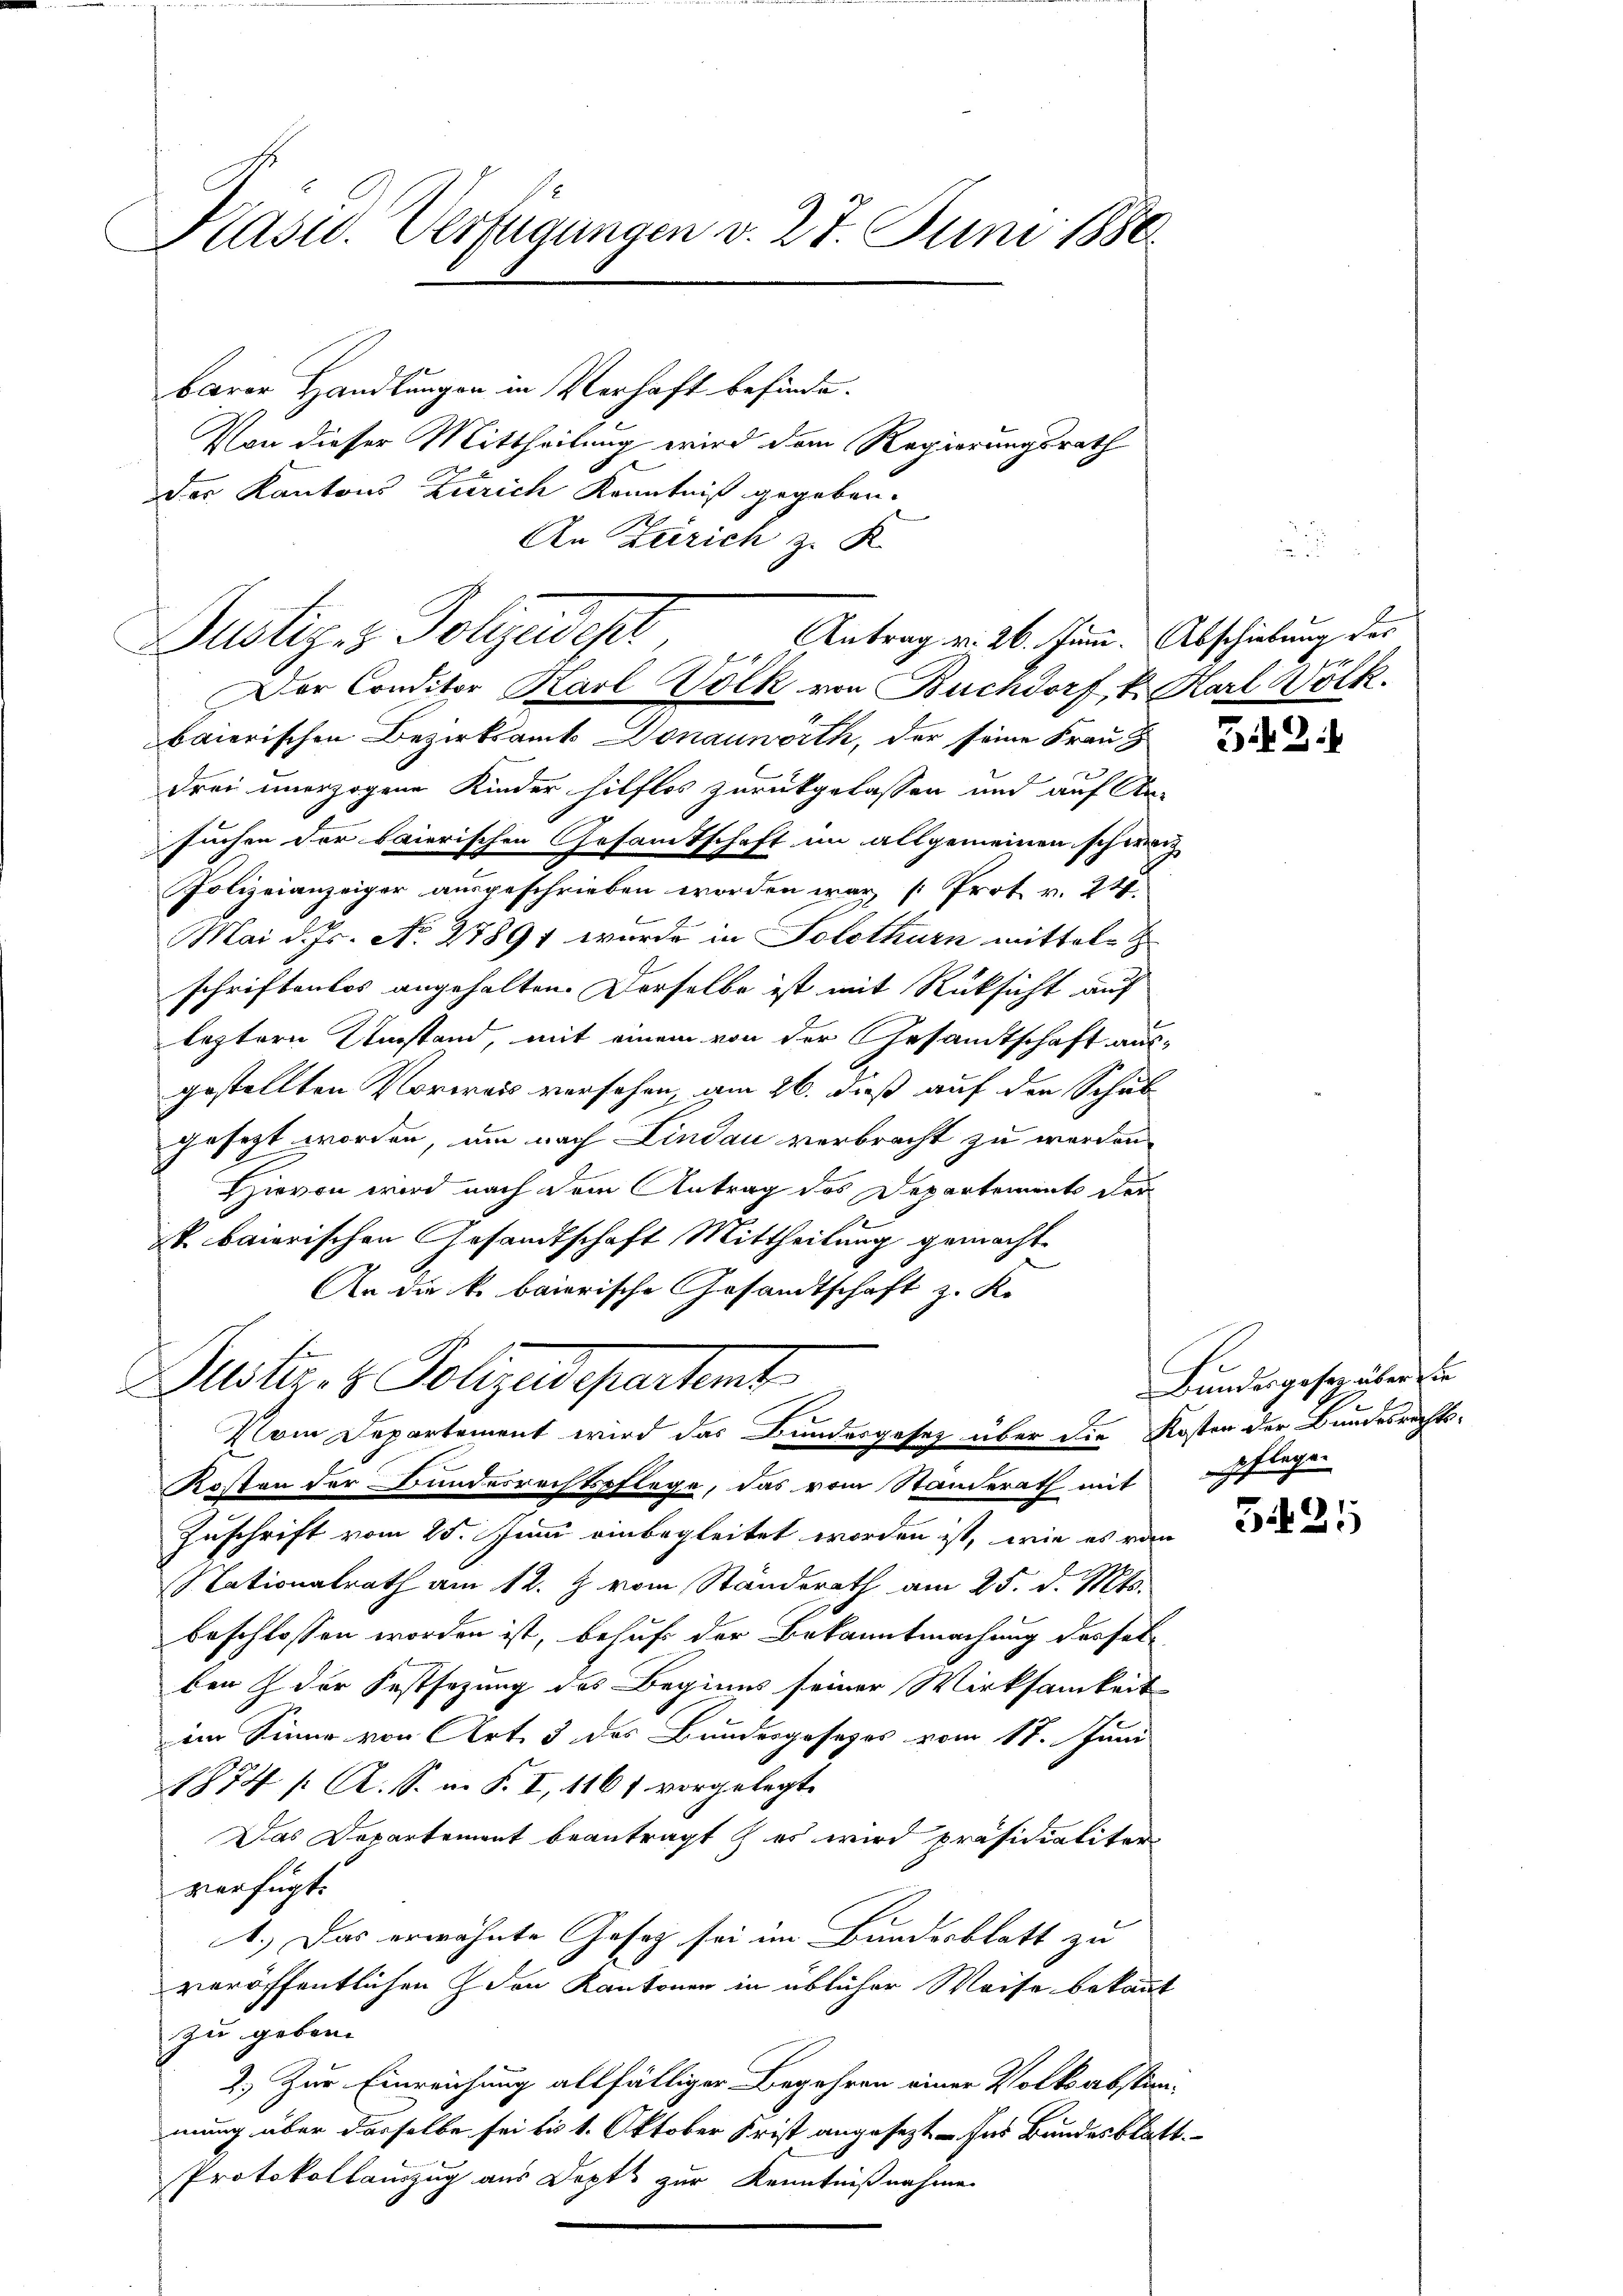
Präsid. Verfügungen d. 27. Juni 1880

Justiz- & Polize des Antrag v. 26. Jan. Abschilung des
Der Conditor Karl Volk von Buchdorf, k. Karl Völk

Justiz- & Polizes partent
Vom Departement wird das Bundergesetz über die Kosten der Bundesrechts-

barer Handlungen in Verhaft befinde.
Von dieser Mittheilung wird dem Regierungsrath
d
Der Kantons Zürich Kenntniß gegeben.
An Zürich z. K

baierischen Bezirksamt Donauwörth, der seine Frau z
drei unerzogene Kinder hilflos zurückgelassen und auf An-
suchen der baierischen Gesamtschaft im allgemeinen schweiz
Polizeianzeiger ausgeschrieben worden war [Prot. v. 247.
Mai d. Js. No. 27891 wurde in Solothurn mitteln
schriftenlos angehalten. Derselbe ist mit Rücksicht auf
leztern Umstand, mit einem von der Gesandtschaft ausgestellten Vorweis versehen, am 26. dieß auf der Schul
gesezt worden, um nach Lindau verbracht zu werden.
Hievon wird nach dem Antrag des Departement der
. baierischen Gesandtschaft Mittheilung gemacht.
An die k. baierische Gesandtschaft z. K.

RKosten der Bundesrechtspflege, das vom Standerath mit
Zuschrift vom 25. Juni einbegleitet worden ist, wie es von
Nationalrath am 12. J. vom Standerath am 25. d. Mts.
beschlossen worden ist, behufe der Bekanntmachung desselbenz der Festsezung des Beginns seiner Wirksamkeit
im Sinne von Art. 3 des Bundesgesezes vom 17. Juni
1874 / A. S. i. P. I, 1161 vorgelegt.
Das Departement beantragt & es wird präsidialiter
verfügt:
1.) Das erwähnte Gesetz sei im Bundesblatt zu
veröffentlichen den Kantonen in üblicher Weise bekannt
zu geben.
2.) Zur Einreichung allfälliger Begehren einer Volksabstimmung über dasselbe sei bis 1. Oktober Frist angesezt - des Bundesblatt.
Protokollauszug aus Depts zur Kenntnißnahmen

543.

Bundesgesetz über die
pflegen

3421